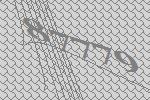
87779